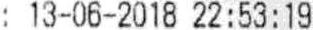
: 13-06-2018 22:53:19